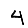
Digit: 4